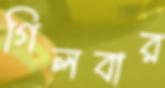
গিলবার